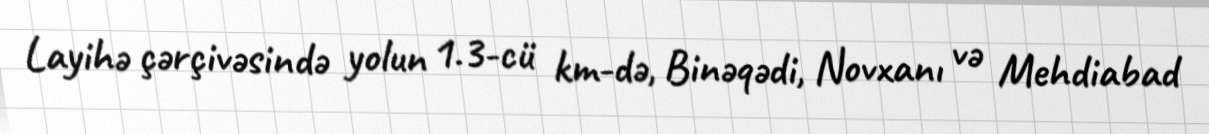
Layihə çərçivəsində yolun 1.3-cü km-də, Binəqədi, Novxanı və Mehdiabad